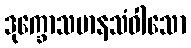
ဒုက္ခောသမာနသံဝါသော